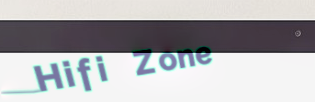
Hifi Zone